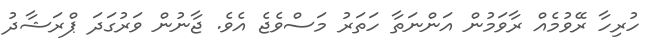
ހުރިހާ ރޭވުމެއް ރާވަމުން އަންނަތާ ހަތަރު މަސްވެޖެ އެވެ. ޖާނުން ވަރުގަދަ ޕްރަޝާދު